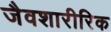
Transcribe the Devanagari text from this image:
जैवशारीरिक